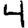
Digit: 4